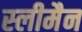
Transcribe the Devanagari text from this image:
स्‍लीमैन